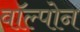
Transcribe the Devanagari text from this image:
वॉल्पोन